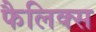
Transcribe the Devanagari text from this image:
फैलिक्स